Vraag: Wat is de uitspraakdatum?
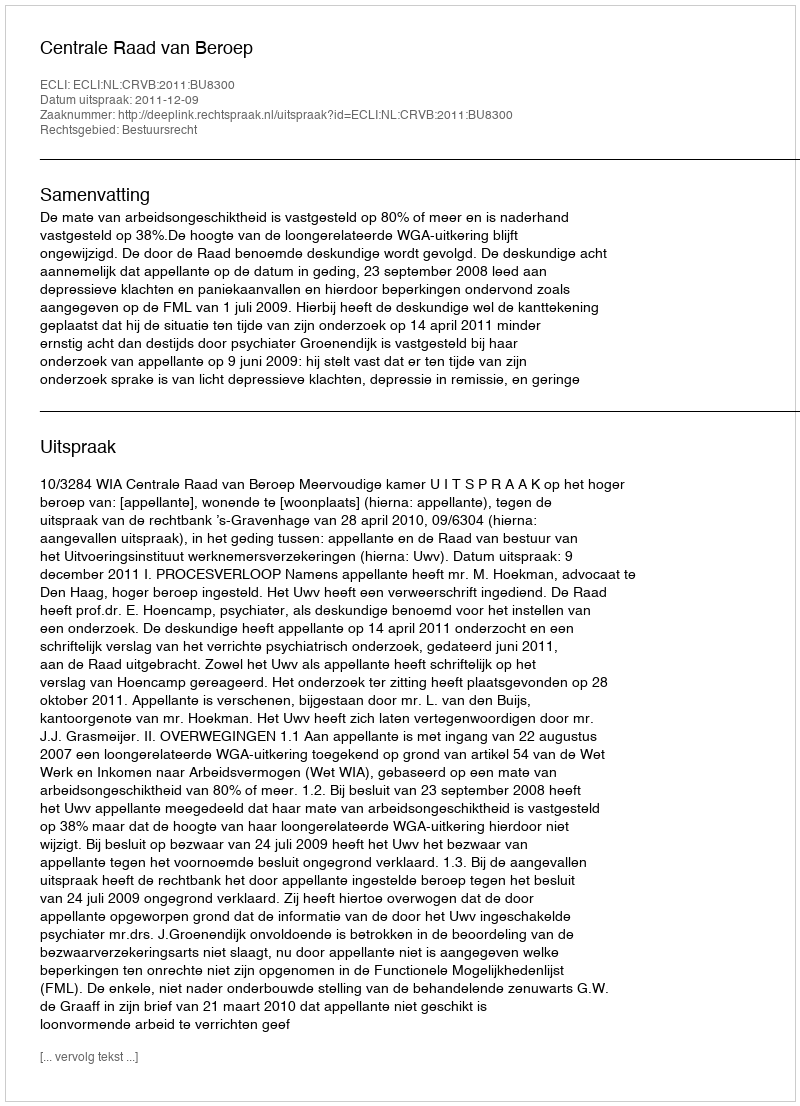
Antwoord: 2011-12-09